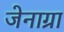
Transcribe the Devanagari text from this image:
जेनाग्रा